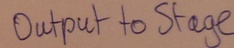
Text: Output to Stage